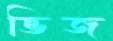
ভিজ